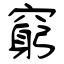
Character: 窮